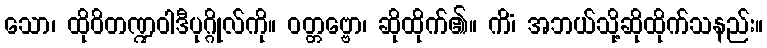
သော၊ ထိုဝိတဏ္ဍဝါဒီပုဂ္ဂိုလ်ကို။ ဝတ္တဗ္ဗော၊ ဆိုထိုက်၏။ ကိံ၊ အဘယ်သို့ဆိုထိုက်သနည်း။